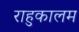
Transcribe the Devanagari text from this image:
राहुकालम